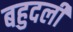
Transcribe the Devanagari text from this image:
बहुदली